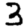
Digit: 3